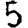
Digit: 5